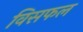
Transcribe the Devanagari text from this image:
विसफल